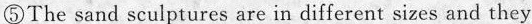
⑤The sand sculptures are in different sizes and they